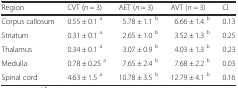
| Region | CVT (n = 3) | AET (n = 3) | AVT (n = 3) | CI |
 | --- | --- | --- | --- | --- |
 | Corpus callosum | 0.55 ± 0.1 a | 5.78 ± 1.1 b | 6.66 ± 1.4 b | 0.13 |
 | Striatum | 0.31 ± 0.1 a | 2.65 ± 1.0 b | 3.52 ± 1.3 b | 0.25 |
 | Thalamus | 0.34 ± 0.1 a | 3.07 ± 0.9 b | 4.03 ± 1.3 b | 0.23 |
 | Medulla | 0.78 ± 0.25 a | 7.65 ± 2.4 b | 7.68 ± 2.2 b | 0.03 |
 | Spinal cord | 4.63 ± 1.5 a | 10.78 ± 3.5 b | 12.79 ± 4.1 b | 0.16 |